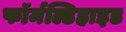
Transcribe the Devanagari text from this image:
फॉर्मल्डिहाइड